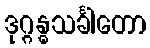
ဒုဂ္ဂန္ဓသင်္ခါတော